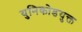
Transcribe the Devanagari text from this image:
युनिकोडयुक्त